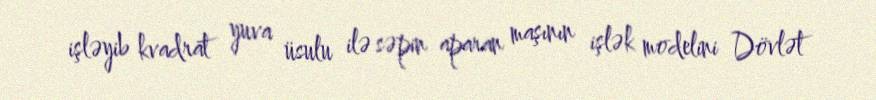
işləyib kvadrat yuva üsulu ilə səpin aparan maşının işlək modelini Dövlət